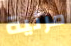
مرئية